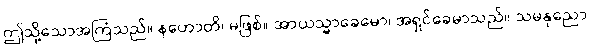
ဤသို့သောအကြံသည်။ နဟောတိ၊ မဖြစ်။ အာယသ္မာခေမော၊ အရှင်ခေမာသည်။ သမနုညော၊